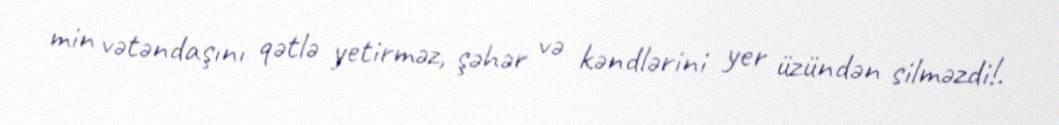
min vətəndaşını qətlə yetirməz, şəhər və kəndlərini yer üzündən silməzdi!.